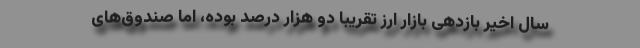
سال اخیر بازدهی بازار ارز تقریباً دو هزار درصد بوده، اما صندوق‌های